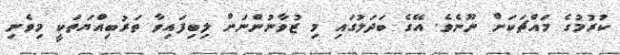
ކުރުމުގެ މައްޗަކަށް ނޫނެވެ. އޭގެ ބަދަލުގައި މި ޒުވާނުންނަށް ލިބިފައިވާ ތަރުބިއްޔަތަކީ މިވެނި